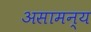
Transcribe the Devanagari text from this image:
असामन्य